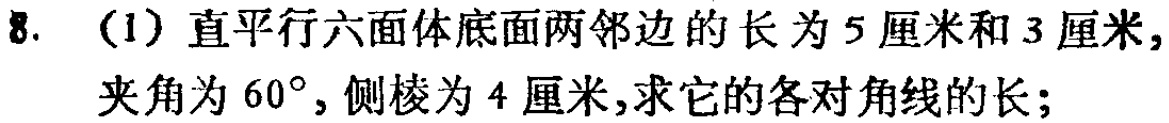
8. (1) 直平行六面体底面两邻边的长为5厘米和3厘米，夹角为$60^{\circ}$，侧棱为4厘米，求它的各对角线的长；